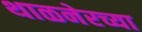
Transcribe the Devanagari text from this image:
थाळनेरच्या